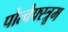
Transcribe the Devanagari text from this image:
पोत्चेफ्स्त्रूम